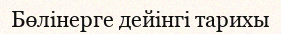
Бөлінерге дейінгі тарихы